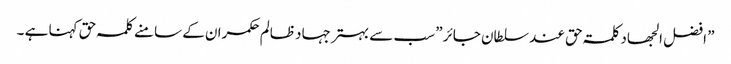
” افضل الجھاد کلمۃ حق عند سلطان جائر ” سب سے بہتر جہاد ظالم حکمران کے سامنے کلمہ حق کہنا ہے ۔